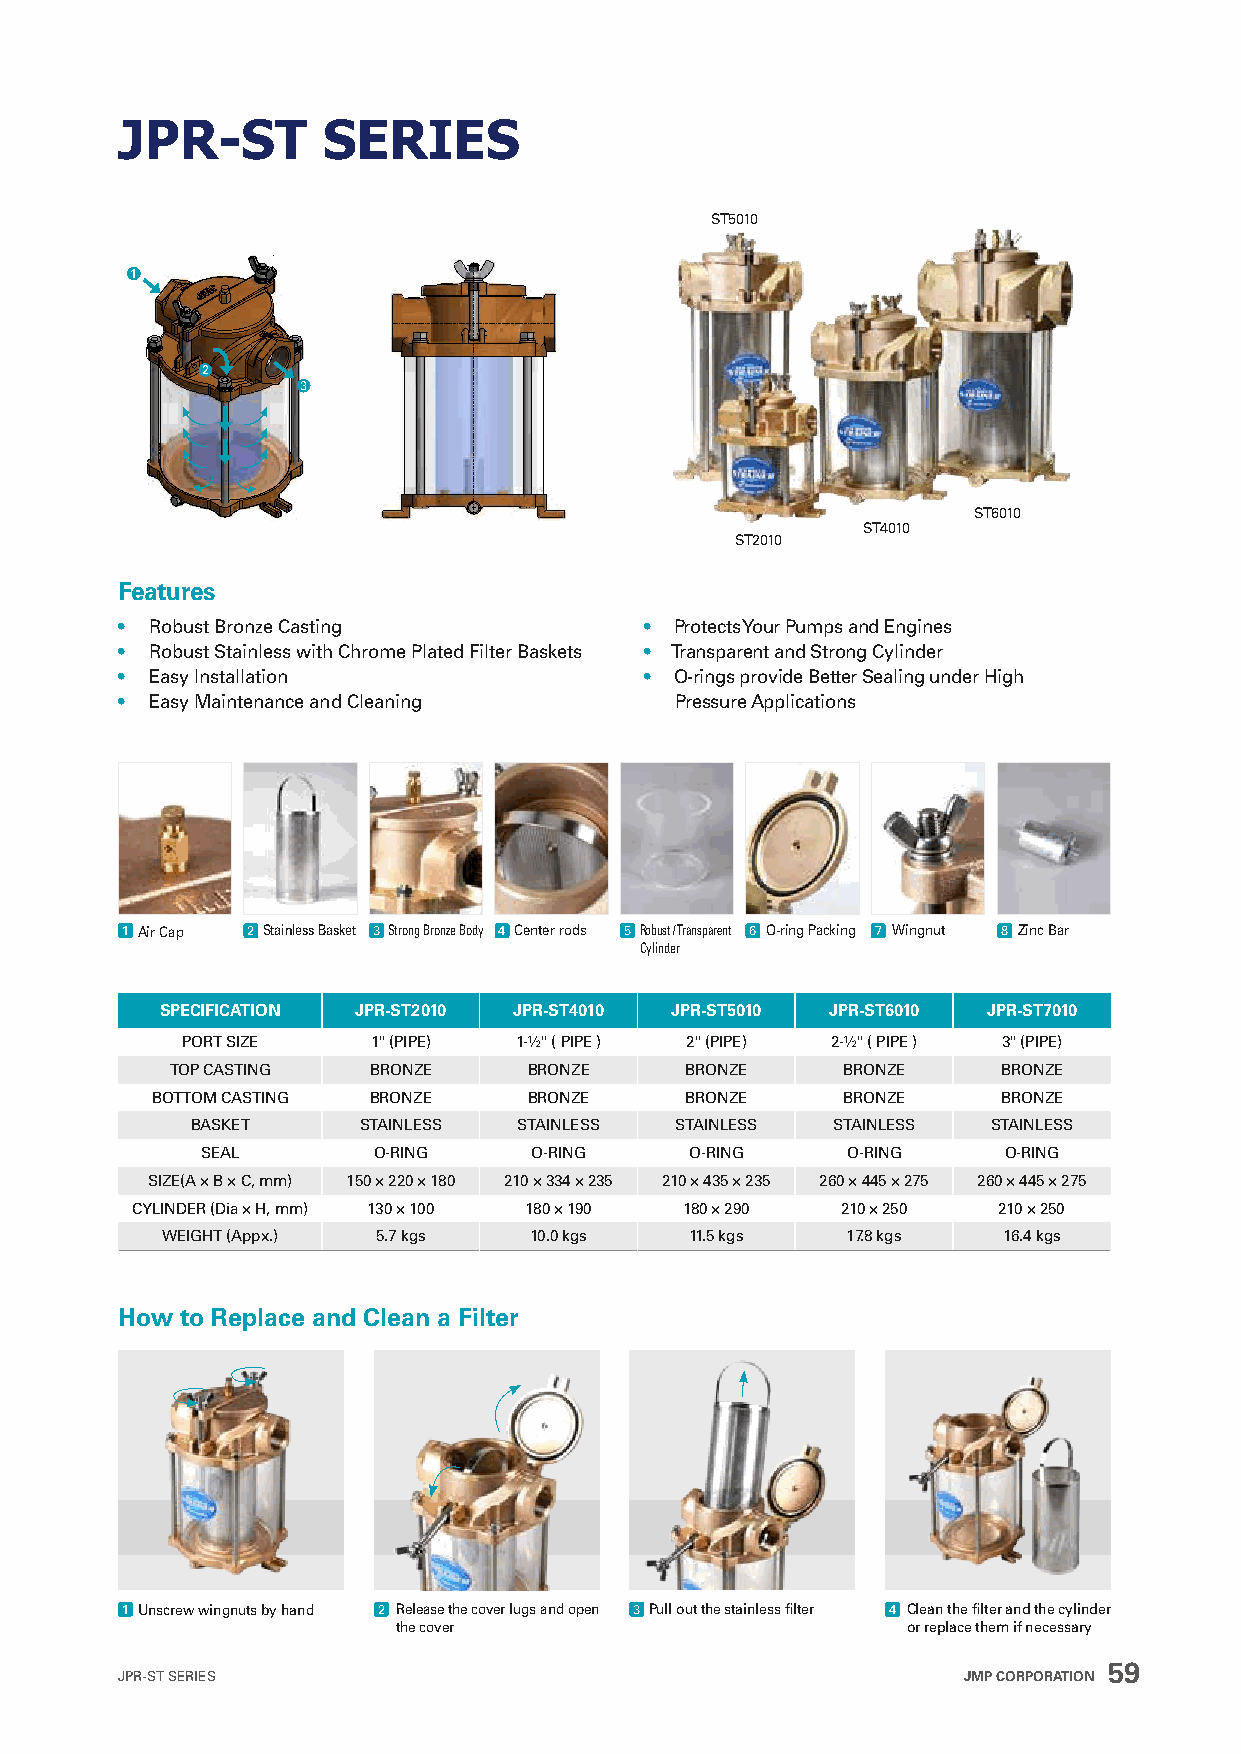
JPR-ST       SERIES
 ST5010
 1
 2
 3
 ST6010
 ST4010
 ST2010
 Features
 • Robust Bronze Casting            • Protects Your Pumps and Engines
 • Robust Stainless with Chrome Plated Filter Baskets • Transparent and Strong Cylinder
 • Easy Installation                • O-rings provide Better Sealing under High
 • Easy Maintenance and Cleaning      Pressure Applications
 1 Air Cap 2 Stainless Basket 3 Strong Bronze Body 4 Center rods 5 Robust / Transparent 6 O-ring Packing 7 Wingnut 8 Zinc Bar
 Cylinder
 SPECIFICATION JPR-ST2010 JPR-ST4010 JPR-ST5010 JPR-ST6010 JPR-ST7010
 PORT SIZE    1" (PIPE) 1-½" ( PIPE ) 2" (PIPE) 2-½" ( PIPE ) 3" (PIPE)
 TOP CASTING  BRONZE     BRONZE    BRONZE     BRONZE    BRONZE
 BOTTOM CASTING BRONZE    BRONZE    BRONZE     BRONZE    BRONZE
 BASKET     STAINLESS STAINLESS  STAINLESS STAINLESS  STAINLESS
 SEAL        O-RING    O-RING     O-RING    O-RING    O-RING
 SIZE(A × B × C, mm) 150 × 220 × 180 210 × 334 × 235 210 × 435 × 235 260 × 445 × 275 260 × 445 × 275
 CYLINDER (Dia × H, mm) 130 × 100 180 × 190 180 × 290 210 × 250 210 × 250
 WEIGHT (Appx.) 5.7 kgs  10.0 kgs   11.5 kgs  17.8 kgs  16.4 kgs
 How to Replace and Clean a Filter
 1 Unscrew wingnuts by hand 2 Release the cover lugs and open 3 Pull out the stainless filter 4 Clean the filter and the cylinder
 the cover                         or replace them if necessary
 59
 JPR-ST SERIES                                           JMP CORPORATION